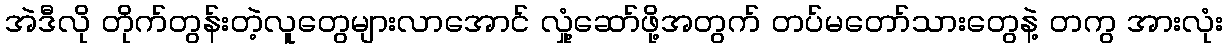
အဲဒီလို တိုက်တွန်းတဲ့လူတွေများလာအောင် လှုံ့ဆော်ဖို့အတွက် တပ်မတော်သားတွေနဲ့ တကွ အားလုံး